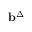
\mathbf { b } ^ { \Delta }